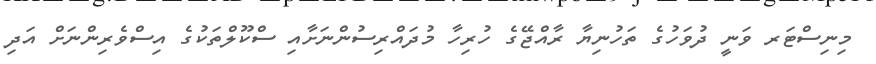
މިނިސްޓަރ ވަނީ ދުވަހުގެ ތަހުނިޔާ ރާއްޖޭގެ ހުރިހާ މުދައްރިސުންނަށާއި ސްކޫލްތަކުގެ އިސްވެރިންނަށް އަދި